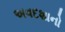
અવદશાનો